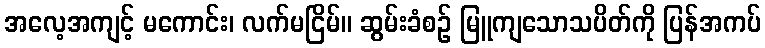
အလေ့အကျင့် မကောင်း၊ လက်မငြိမ်။ ဆွမ်းခံစဉ် မြူကျသောသပိတ်ကို ပြန်အကပ်